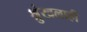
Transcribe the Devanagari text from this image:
श्रुंखलाही